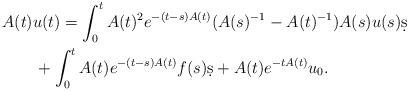
LaTeX: \begin{align*}\MoveEqLeft A(t)u(t) = \int_0^t A(t)^2 e^{-(t-s) A(t)} (A(s)^{-1} - A(t)^{-1}) A(s) u(s) \d s \\& + \int_0^t A(t) e^{-(t-s) A(t)} f(s) \d s + A(t) e^{-t A(t)}u_0.\end{align*}